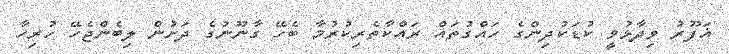
ޣަފޫރު ވިދާޅުވީ ކުޑަކުދިންގެ ހައްގުތައް ރައްކާތެރިކުރުމާ ބެހޭ ގާނޫނުގެ ދަށުން ލިބެންޖެހޭ ހުރިހާ